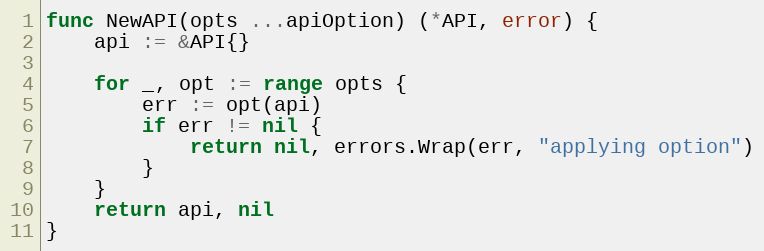
Language: Go
func NewAPI(opts ...apiOption) (*API, error) {
	api := &API{}

	for _, opt := range opts {
		err := opt(api)
		if err != nil {
			return nil, errors.Wrap(err, "applying option")
		}
	}
	return api, nil
}